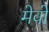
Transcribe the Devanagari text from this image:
मेवो